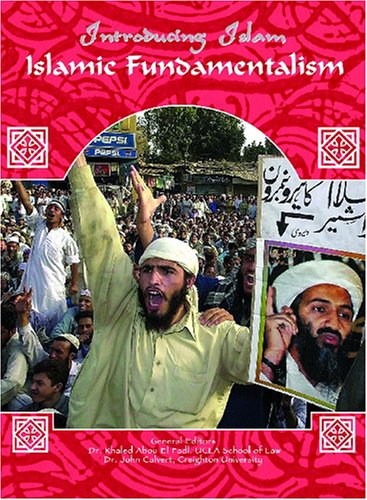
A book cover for Islamic Fundamentalism (Introducing Islam); Kim Whitehead; Teen & Young Adult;